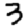
Digit: 3